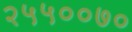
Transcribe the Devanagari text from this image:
२५५००७०